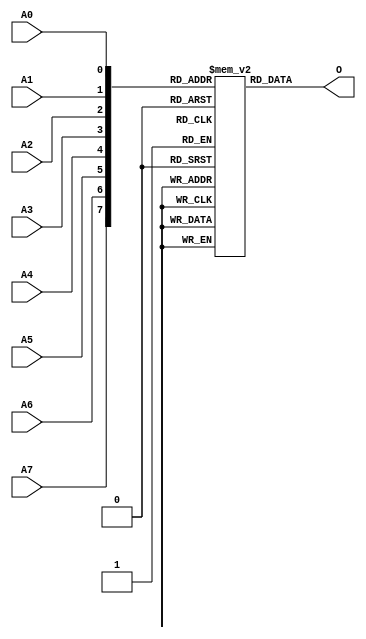
// $Header: /devl/xcs/repo/env/Databases/CAEInterfaces/verunilibs/s/ROM256X1.v,v 1.8.22.1 2003/11/18 20:41:40 wloo Exp $

/*

FUNCTION	: ROM 256x1

*/

`timescale  100 ps / 10 ps


module ROM256X1 (O, A0, A1, A2, A3, A4, A5, A6, A7);

    parameter INIT = 256'h0000000000000000000000000000000000000000000000000000000000000000;

    output O;

    input  A0, A1, A2, A3, A4, A5, A6, A7;

    wire dout;
    wire [7:0] adr;

    reg mem [0:255];
    reg  [15:0] count;

    buf b0 (adr[7], A7);
    buf b1 (adr[6], A6);
    buf b2 (adr[5], A5);
    buf b3 (adr[4], A4);
    buf b4 (adr[3], A3);
    buf b5 (adr[2], A2);
    buf b6 (adr[1], A1);
    buf b7 (adr[0], A0);
    buf b8 (O, dout);

    initial begin
	for(count = 0; count < 256; count = count + 1)
	    mem[count] = INIT[count];
    end

    assign dout = mem[adr];

    specify
	(A7 => O) = (0, 0);
	(A6 => O) = (0, 0);
	(A5 => O) = (0, 0);
	(A4 => O) = (0, 0);
	(A3 => O) = (0, 0);
	(A2 => O) = (0, 0);
	(A1 => O) = (0, 0);
	(A0 => O) = (0, 0);
    endspecify

endmodule